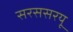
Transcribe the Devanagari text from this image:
सरससरयू